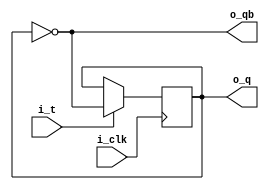
//*******************************FILE HEAD**************************************
//*********************Verilog HDL *********************
// FUNCTION        : 
// AUTHOR          : 
// DATE & REVISION : 
// COMPANY         : Verilog HDL 
// UPDATE          :
//******************************************************************************
`timescale 1ns/1ns

module t_trig
    (
        input i_clk, //
        input i_t, // 
        
        output  o_q, //jk
        output  o_qb //jk
    );
    
    //o_data
    reg  r_q;
    
    assign o_q = r_q; //assign
    assign o_qb = ~r_q;
    
    //JKJK
    always @(posedge i_clk) 
    begin 
        if(1'b1 == i_t)
            r_q <= ~r_q;
        else
            r_q <= r_q;              
	end
    
endmodule
// END OF t_trig.v FILE ***************************************************